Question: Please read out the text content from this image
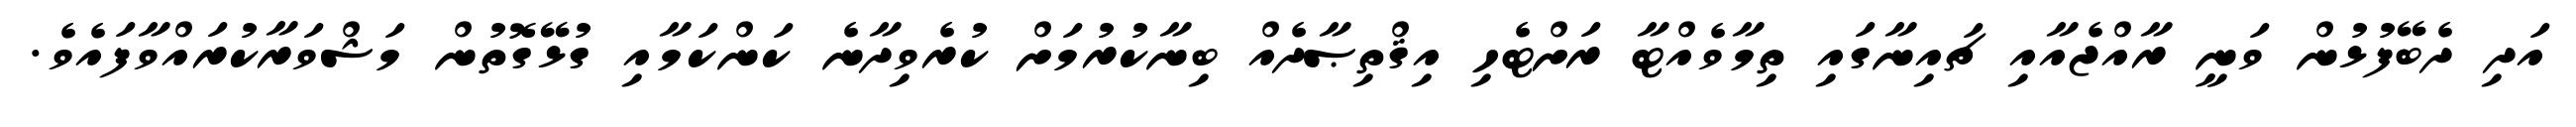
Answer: އަދި ދެބޭފުޅުން ވަނީ ރާއްޖެއާއި ޗައިނާގައި ތިމާވެއްޓާ ރަށްޓެހި އިޤްތިޞާދެއް ބިނާކުރުމަށް ކުރެވިދާނެ ކަންކަމާއި ގުޅޭގޮތުން މަޝްވަރާކުރައްވާފައެވެ.